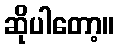
ဆိုပါတော့။